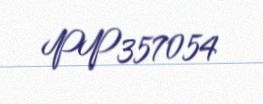
PP357054